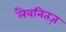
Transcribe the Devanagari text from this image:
लैबनितज़